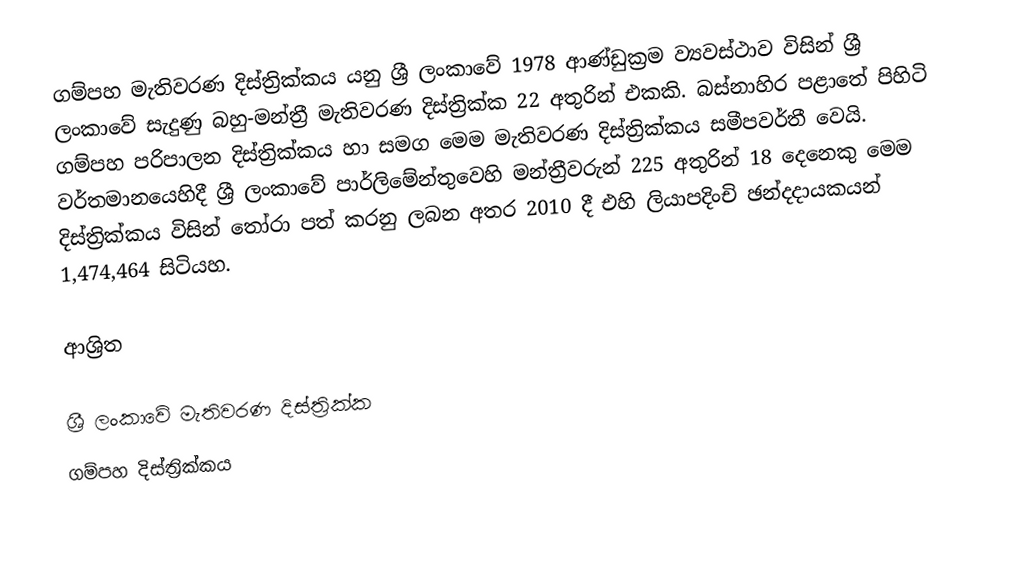
ගම්පහ මැතිවරණ දිස්ත්‍රික්කය යනු ශ්‍රී ලංකාවේ 1978 ආණ්ඩුක්‍රම ව්‍යවස්ථාව විසින් ශ්‍රී ලංකාවේ සැදුණු  බහු-මන්ත්‍රී මැතිවරණ දිස්ත්‍රික්ක 22 අතුරින් එකකි.  බස්නාහිර පළාතේ පිහිටි  ගම්පහ පරිපාලන දිස්ත්‍රික්කය හා සමග මෙම මැතිවරණ දිස්ත්‍රික්කය සමීපවර්තී වෙයි. වර්තමානයෙහිදී  ශ්‍රී ලංකාවේ පාර්ලිමේන්තුවෙහි මන්ත්‍රීවරුන් 225 අතුරින් 18 දෙනෙකු මෙම දිස්ත්‍රික්කය විසින් තෝරා පත් කරනු ලබන අතර 2010 දී එහි ලියාපදිංචි ඡන්දදායකයන් 1,474,464 සිටියහ.

ආශ්‍රිත

ශ්‍රී ලංකාවේ මැතිවරණ දිස්ත්‍රික්ක
ගම්පහ දිස්ත්‍රික්කය